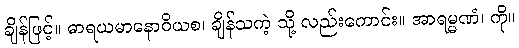
ချိန်ဖြင့်။ ဓာရယမာနောဝိယစ၊ ချိန်သကဲ့ သို့ လည်းကောင်း။ အာရမ္မဏံ၊ ကို။